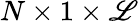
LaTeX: N\times1\times\mathscr{L}